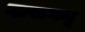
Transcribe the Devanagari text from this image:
दासगनू